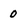
Character: 0